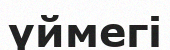
үймегі